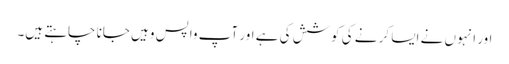
اور انہوں نے ایسا کر نے کی کوشش کی ہے اور آپ واپس وہیں جانا چاہتے ہیں۔